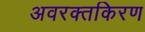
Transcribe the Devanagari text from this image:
अवरक्तकिरण